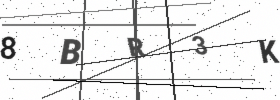
Text: 8BR3K